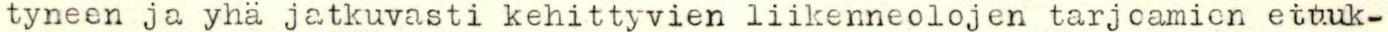
tyneen ja yhä jatkuvasti kehittyvien liikenneolojen tarjoamien etuuk-